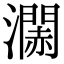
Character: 𤁹